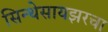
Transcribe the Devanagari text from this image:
सिन्थेसायझरचा